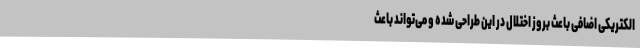
الکتریکی اضافی باعث بروز اختلال در این طراحی شده و می‌تواند باعث